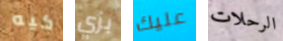
كيه بزي عليك الرحلات